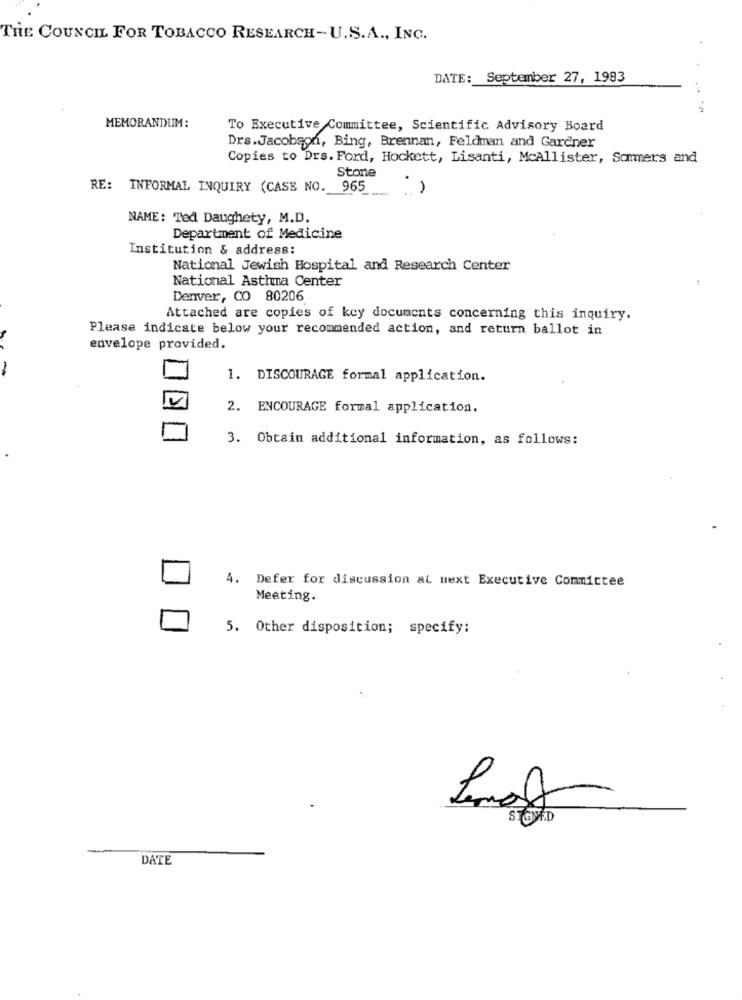
THE COUNCIL FOR TOBACCO RESEARCH-U.S.A ., INC.
DATE: September 27, 1983
MEMORANDUM:
To Executive Committee, Scientific Advisory Board
Drs.Jacobson, Bing, Brennan, Feldman and Gardner
Copies to Drs. Ford, Hockett, Lisanti, McAllister, Sommers and
Stone
RE: INFORMAL INQUIRY (CASE NO.
965
NAME: Ted Daughety, M.D.
Department of Medicine
Institution & address:
National Jewish Hospital and Research Center
National Asthma Center
Denver, CO 80206
Attached are copies of key documents concerning this inquiry.
Please indicate below your recommended action, and return ballot in
envelope provided.
-
1. DISCOURAGE formal application.
2. ENCOURAGE formal application.
3. Obtain additional information, as follows:
4. Defer for discussion al next Executive Committee
Meeting.
5. Other disposition; specify:
SIGMED
DATE